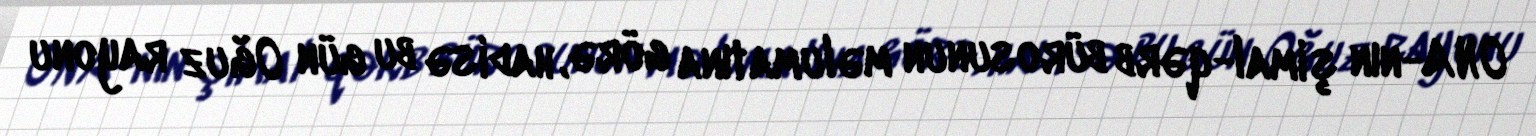
ONA-nın şimal-qərb bürosunun məlumatına görə, hadisə bu gün Oğuz rayonu